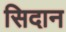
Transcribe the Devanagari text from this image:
सिदान